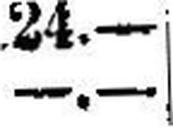
—.—